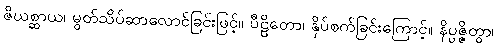
ဇိဃစ္ဆာယ၊ မွတ်သိပ်ဆာလောင်ခြင်းဖြင့်။ ပီဠိတော၊ နှိပ်စက်ခြင်းကြောင့်။ နိပ္ပဇ္ဇိတွာ၊